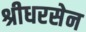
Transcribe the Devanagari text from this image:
श्रीधरसेन